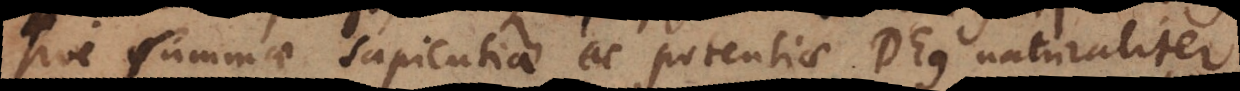
sive summae sapientiae ac potentiae Deus naturaliter